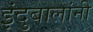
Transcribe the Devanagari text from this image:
इंदुबालांनी